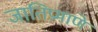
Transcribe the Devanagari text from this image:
जातिप्रमाणे